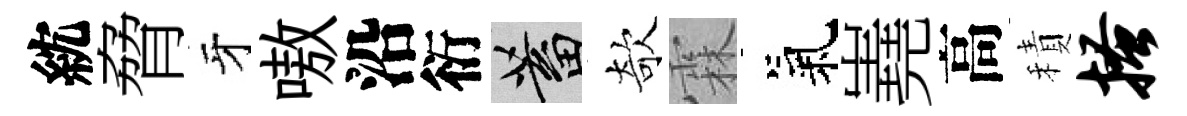
紞脅牙嗷沿衍蓄欹霖氣嶤高積搔